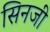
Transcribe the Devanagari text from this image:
सिनजी